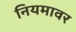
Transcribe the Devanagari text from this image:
नियमावर